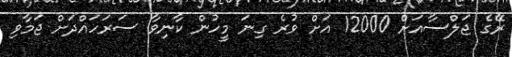
ރޭގެ ޖަލްސާއަށް 12000 އަށް ވުރެ ގިނަ މީހުން ކާނިވާ ސަރަހައްދަށް ޖަމާވި